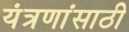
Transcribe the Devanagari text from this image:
यंत्रणांसाठी